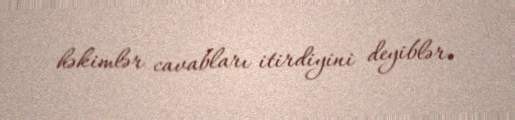
həkimlər cavabları itirdiyini deyiblər.